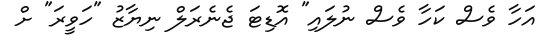
އަހާ ވެސް ކަހާ ވެސް ނުލައި" އޮޑިޓަ ޖެނެރަލް ނިޔާޒު "ހަވީރަ" ށް